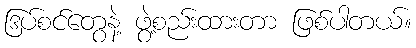
ဒြပ်စင်တွေနဲ့ ဖွဲ့စည်းထားတာ ဖြစ်ပါတယ်။